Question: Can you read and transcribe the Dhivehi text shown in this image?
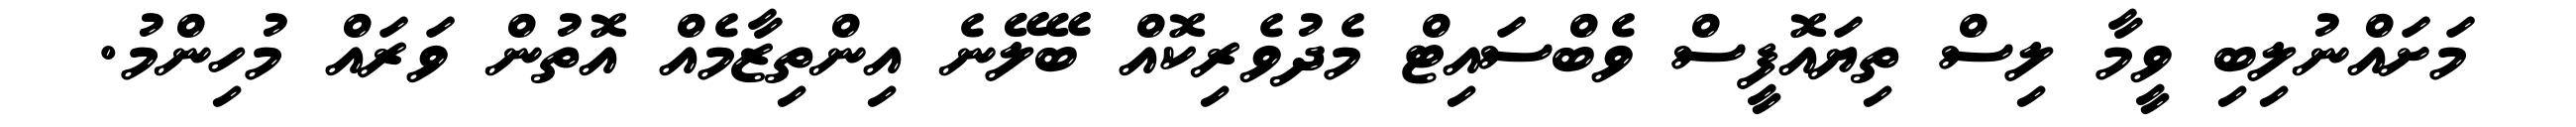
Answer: މަށައްނުލިބި ވީމާ ލިސް ތިޔައޮފީސް ވެބްސައިޓް މެދުވެރިކޮއް ބޭލޭނެ އިންތިޒާމެއް އޮތުން ވަރައް މުހިންމު.